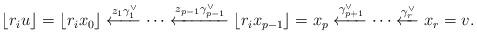
LaTeX: \begin{align*}\lfloor r_i u \rfloor = \lfloor r_i x_0 \rfloor\xleftarrow{z_1 \gamma_1^\lor} \cdots \xleftarrow{z_{p-1} \gamma_{p-1}^\lor}\lfloor r_i x_{p-1} \rfloor = x_p\xleftarrow{\gamma_{p+1}^\lor} \cdots \xleftarrow{\gamma_r^\lor}x_r =v.\end{align*}